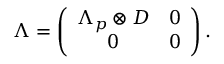
\Lambda = \left( \begin{array} { c c } { { \Lambda _ { p } \otimes D } } & { { 0 } } \\ { { 0 } } & { { 0 } } \end{array} \right) .